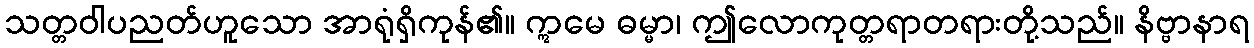
သတ္တဝါပညတ်ဟူသော အာရုံရှိကုန်၏။ ဣမေ ဓမ္မာ၊ ဤလောကုတ္တရာတရားတို့သည်။ နိဗ္ဗာနာရ